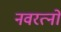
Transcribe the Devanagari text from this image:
नवरत्‍नों